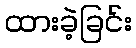
ထားခဲ့ခြင်း